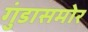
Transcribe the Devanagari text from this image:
गुंडासमोर